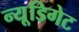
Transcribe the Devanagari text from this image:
न्यू्डिगेट